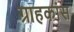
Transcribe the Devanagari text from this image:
ग्राहकांस